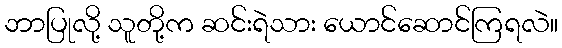
ဘာပြုလို့ သူတို့က ဆင်းရဲသား ယောင်ဆောင်ကြရလဲ။